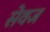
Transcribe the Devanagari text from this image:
सेवज